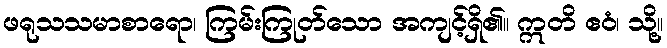
ဖရုသသမာစာရော၊ ကြမ်းကြုတ်သော အကျင့်ရှိ၏။ ဣတိ ဧဝံ၊ သို့။